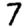
Digit: 7